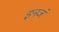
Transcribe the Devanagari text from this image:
इनजं